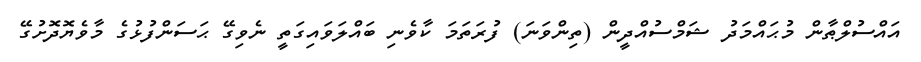
އައްސުލްޠާން މުޙައްމަދު ޝަމްސުއްދީން (ތިންވަނަ) ފުރަތަމަ ކާވެނި ބައްލަވައިގަތީ ނެވިގޭ ޙަސަންފުޅުގެ މާވެޔޮދޮށުގޭ